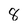
Character: 8